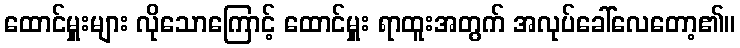
ထောင်မှူးများ လိုသောကြောင့် ထောင်မှူး ရာထူးအတွက် အလုပ်ခေါ်လေတော့၏။